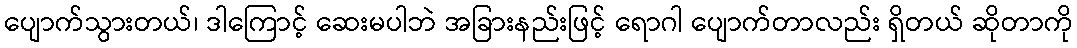
ပျောက်သွားတယ်၊ ဒါကြောင့် ဆေးမပါဘဲ အခြားနည်းဖြင့် ရောဂါ ပျောက်တာလည်း ရှိတယ် ဆိုတာကို